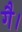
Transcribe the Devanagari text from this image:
गै।